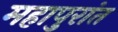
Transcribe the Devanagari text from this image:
महापुरांत